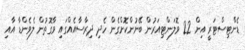
ޑެންޓިސްޓަރީ އިން 22 ވޮލަންޓިއަރުން ބޭނުންކޮށްގެން ހެދި ދިރާސާއެއްގައި ވާގޮތުން ލެވެންޑާ އާއި